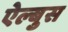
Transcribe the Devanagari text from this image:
ऐल्बुस